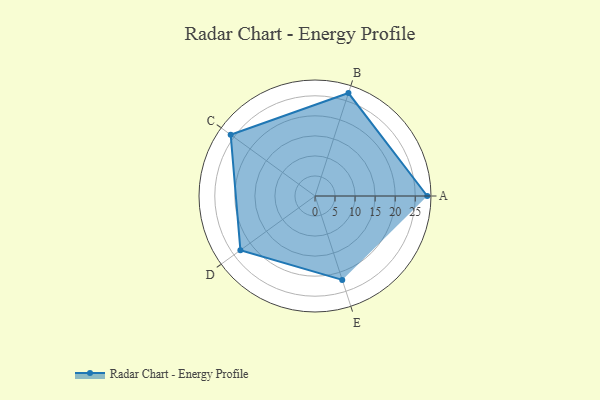
{"axis": {"x": "Skill", "y": "Score"}, "legend": ["Profile"], "data": [{"x": "A", "y": 28.0, "type": "Profile"}, {"x": "B", "y": 27.0, "type": "Profile"}, {"x": "C", "y": 26.0, "type": "Profile"}, {"x": "D", "y": 23.0, "type": "Profile"}, {"x": "E", "y": 22.0, "type": "Profile"}]}